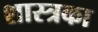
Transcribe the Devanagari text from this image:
शास्त्रका